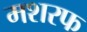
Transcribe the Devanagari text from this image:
मशरफ